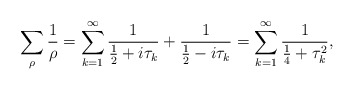
\begin{align*}\sum_{\rho}\frac{1}{\rho}=\sum_{k=1}^{\infty}\frac{1}{\frac{1}{2}+i\tau_{k}}+\frac{1}{\frac{1}{2}-i\tau_{k}}=\sum_{k=1}^{\infty}\frac{1}{\frac{1}{4}+\tau_{k}^{2}},\end{align*}